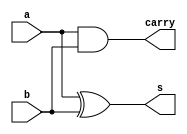
`timescale 1ns / 1ps
//////////////////////////////////////////////////////////////////////////////////
// Company: 
// Engineer: 
// 
// Design Name: 
// Module Name:    half_adder 
// Project Name: 
// Target Devices: 
// Tool versions: 
// Description: 
//
// Dependencies: 
//
// Revision: 
// Revision 0.01 - File Created
// Additional Comments: 
//
//////////////////////////////////////////////////////////////////////////////////
module half_adder(a,b,s,carry);
input a,b;
output s,carry;
assign s=a^b;
assign carry=a&b;
endmodule